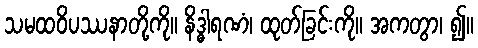
သမထဝိပဿနာတို့ကို။ နိဒ္ဓါရဏံ၊ ထုတ်ခြင်းကို။ အကတွာ၊ ၍။